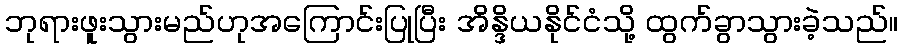
ဘုရားဖူးသွားမည်ဟုအကြောင်းပြုပြီး အိန္ဒိယနိုင်ငံသို့ ထွက်ခွာသွားခဲ့သည်။